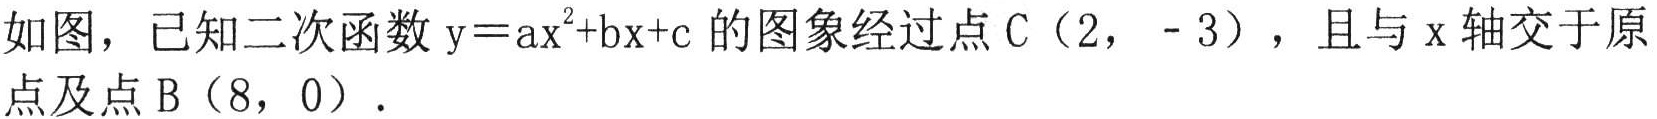
如图，已知二次函数\(y = ax^{2}+bx + c\)的图象经过点\(C(2,\ -3)\)，且与\(x\)轴交于原点及点\(B(8,0)\)．